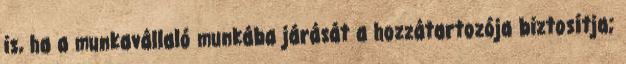
is, ha a munkavállaló munkába járását a hozzátartozója biztosítja;